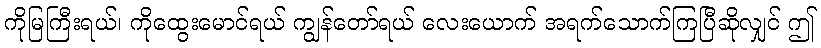
ကိုမြကြီးရယ်၊ ကိုထွေးမောင်ရယ် ကျွန်တော်ရယ် လေးယောက် အရက်သောက်ကြပြီဆိုလျှင် ဤ